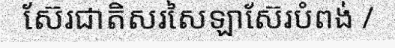
ស៊ែរជាតិសរសៃឡាស៊ែរបំពង់ /